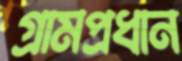
গ্রামপ্রধান